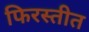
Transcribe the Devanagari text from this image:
फिरस्तीत